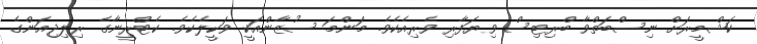
ކަޝްމީރަށް ނިސްބަތްވާ ބްރިޓިސް ވިޔަފާރި ވެރިއެކެވެ. މަންމަ ސުޒާންއަކީ ވަކީލެކެވެ. ކެޓްރީނާގެ ރިލިޖިއަންގެ